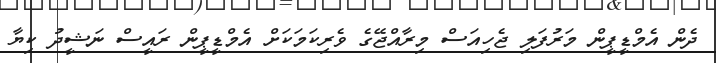
ދެން އެމްޑީޕީން މަރުފަލި ޖެހިއަސް މިރާއްޖޭގެ ވެރިކަމަކަށް އެމްޑީޕީން ރައީސް ނަޝީދު ކިޔާ